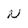
Character: N